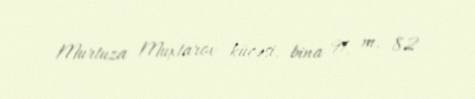
Murtuza Muxtarov küçəsi, bina 91, m. 82